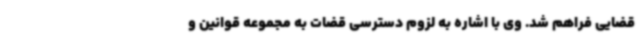
قضایی فراهم شد. وی با اشاره به لزوم دسترسی قضات به مجموعه قوانین و